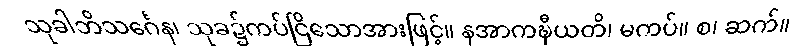
သုခါဘိသင်္ဂေန၊ သုခ၌ကပ်ငြိသောအားဖြင့်။ နအာကဍ္ဎီယတိ၊ မကပ်။ စ၊ ဆက်။